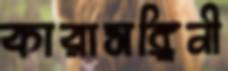
কারাসঙ্গিনী